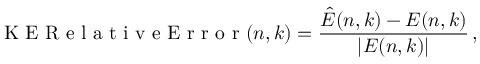
\mathrm { ~ K ~ E ~ R ~ e ~ l ~ a ~ t ~ i ~ v ~ e ~ E ~ r ~ r ~ o ~ r ~ } ( n , k ) = \frac { \hat { E } ( n , k ) - E ( n , k ) } { | E ( n , k ) | } \, ,